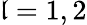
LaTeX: \mathfrak{l}=1,2